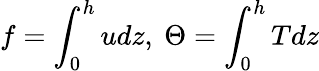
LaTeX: f=\int_{0}^{h}udz,\ \Theta=\int_{0}^{h}Tdz